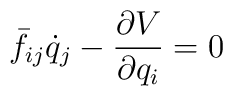
\bar f_{ij} \dot q_j - {{\partial V} \over {\partial q_i}}=0